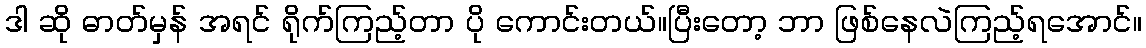
ဒါ ဆို ဓာတ်မှန် အရင် ရိုက်ကြည့်တာ ပို ကောင်းတယ်။ပြီးတော့ ဘာ ဖြစ်နေလဲကြည့်ရအောင်။